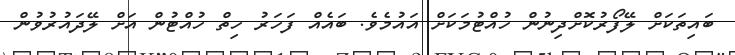
ބައިތަކަށް ލޭފޯރުކޮށްދިނުން ހުއްޓުމަކަށް އައުމެވެ. ބައެއް ފަހަރު ހިތް ހުއްޓުން އަށް ލޭދައުރުވުން